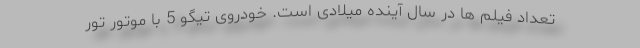
تعداد فیلم ها در سال آینده میلادی است. خودروی تیگو 5 با موتور تور